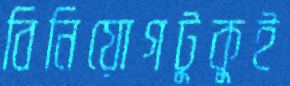
বিনিয়োগটুকুই